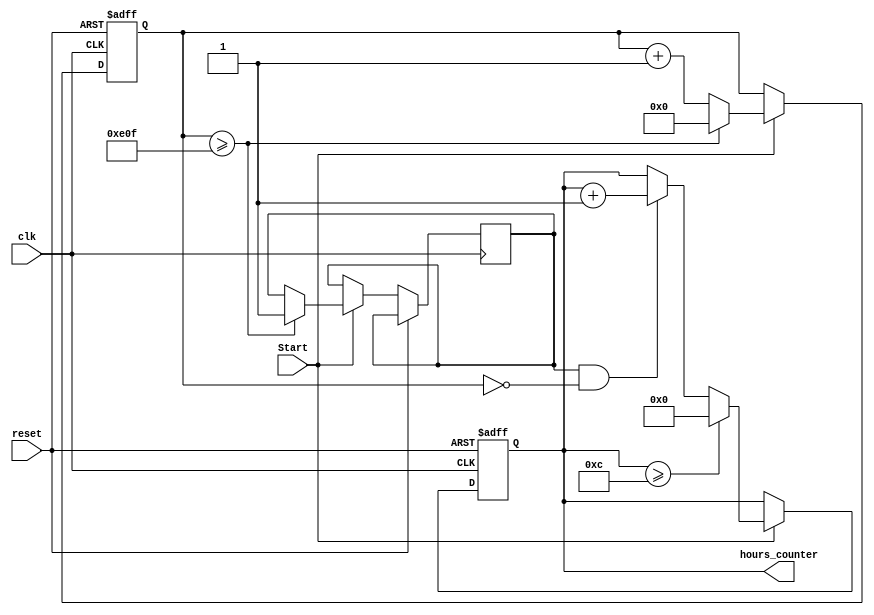
`timescale 1ns / 1ps
//////////////////////////////////////////////////////////////////////////////////
// Company: 
// Engineer: 
// 
// Design Name: 
// Module Name: Hours_counter
// Project Name: 
// Target Devices: 
// Tool Versions: 
// Description: 
// 
// Dependencies: 
// 
// Revision:
// Revision 0.01 - File Created
// Additional Comments:
// 
//////////////////////////////////////////////////////////////////////////////////



module Hour_Counter(clk, reset,hours_counter,Start);
    
    input clk, reset,Start;
    
    output [3:0] hours_counter;
reg [11:0] counter_up;
reg [3:0] counter_up1;
reg enable;

initial
begin
counter_up1<=4'd0;
end
initial
begin
counter_up<=12'd0;
end

always @(posedge clk or posedge reset)
begin
if(reset)
begin
 counter_up1 <= 4'd0;
 counter_up<=12'd0;
end 
else if(Start)
 begin 
 counter_up <= counter_up + 12'd1; 
if(counter_up>=3599)
begin
counter_up<=0;
enable<=1;
end

if(enable==1 && counter_up==0)
begin
counter_up1<=counter_up1+4'd1;
end
if(counter_up1>=12)
begin
counter_up1<=0;
end
end
else
begin
counter_up1 <= counter_up1;
counter_up <=counter_up;
end
end
assign hours_counter = counter_up1;

endmodule